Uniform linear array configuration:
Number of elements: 12
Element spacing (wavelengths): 0.25
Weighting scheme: hamming
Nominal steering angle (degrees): -15
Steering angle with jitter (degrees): -16.153
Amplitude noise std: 0.05
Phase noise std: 0.05

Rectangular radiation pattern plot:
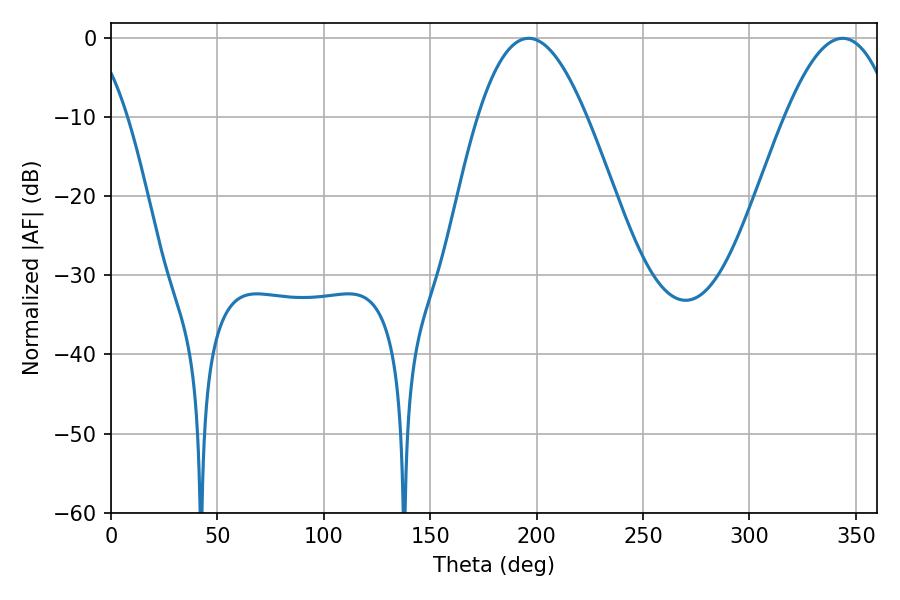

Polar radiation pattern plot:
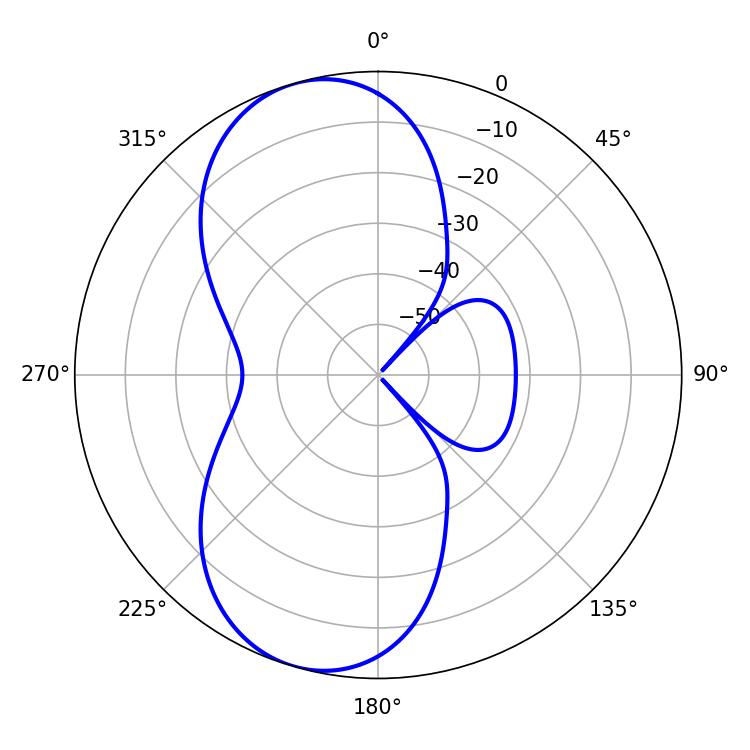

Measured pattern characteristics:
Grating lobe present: FALSE
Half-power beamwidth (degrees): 27.72
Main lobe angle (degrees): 196.2